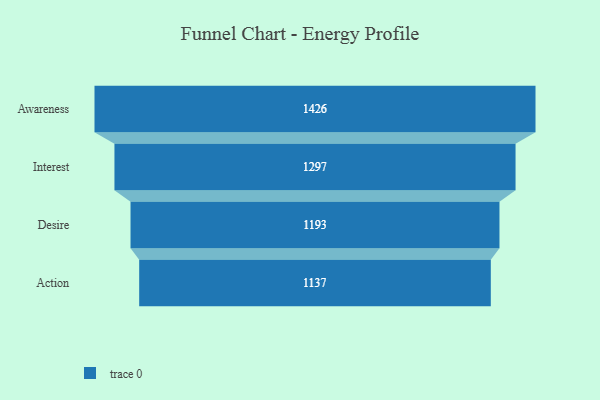
{"axis": {"x": "Stage", "y": "Value"}, "legend": [""], "data": [{"x": "Awareness", "y": 1426.0, "type": ""}, {"x": "Interest", "y": 1297.0, "type": ""}, {"x": "Desire", "y": 1193.0, "type": ""}, {"x": "Action", "y": 1137.0, "type": ""}]}